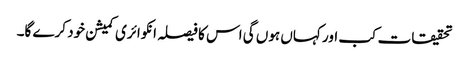
تحقیقات کب اور کہاں ہوں گی اس کا فیصلہ انکوائری کمیشن خود کرے گا۔